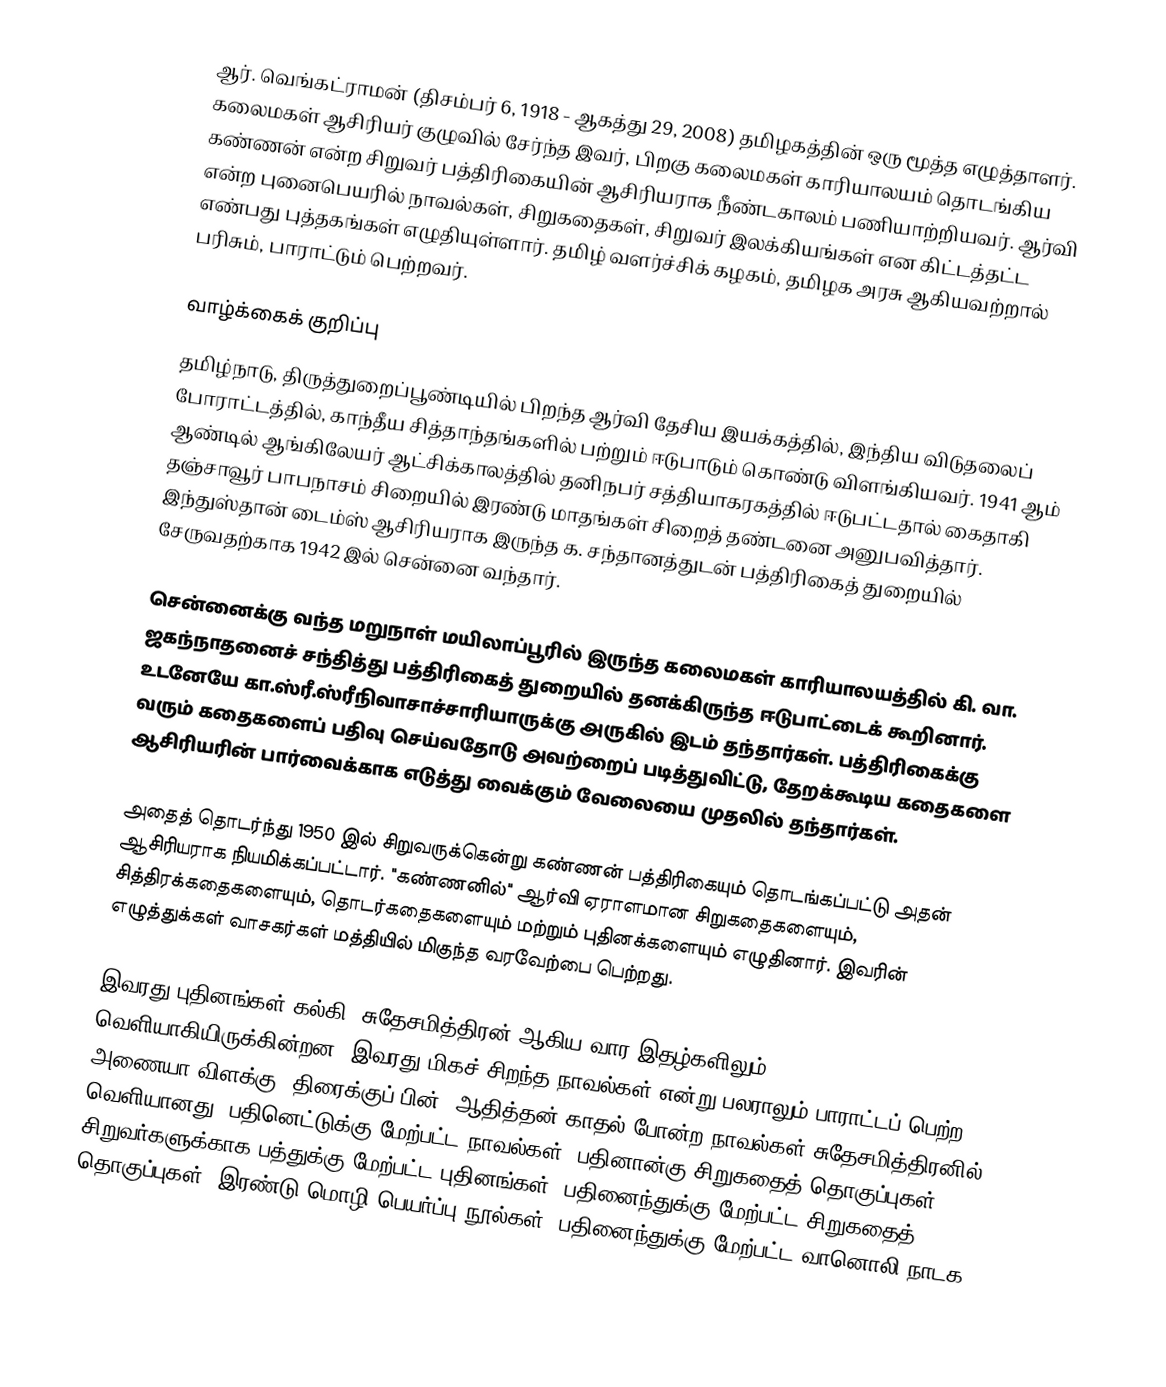
ஆர். வெங்கட்ராமன் (திசம்பர் 6, 1918 - ஆகத்து 29, 2008) தமிழகத்தின் ஒரு மூத்த எழுத்தாளர். கலைமகள் ஆசிரியர் குழுவில் சேர்ந்த இவர், பிறகு கலைமகள் காரியாலயம் தொடங்கிய கண்ணன் என்ற சிறுவர் பத்திரிகையின் ஆசிரியராக நீண்டகாலம் பணியாற்றியவர். ஆர்வி என்ற புனைபெயரில் நாவல்கள், சிறுகதைகள், சிறுவர் இலக்கியங்கள் என கிட்டத்தட்ட எண்பது புத்தகங்கள் எழுதியுள்ளார். தமிழ் வளர்ச்சிக் கழகம், தமிழக அரசு ஆகியவற்றால் பரிசும், பாராட்டும் பெற்றவர்.

வாழ்க்கைக் குறிப்பு
தமிழ்நாடு, திருத்துறைப்பூண்டியில் பிறந்த ஆர்வி தேசிய இயக்கத்தில், இந்திய விடுதலைப் போராட்டத்தில், காந்தீய சித்தாந்தங்களில் பற்றும் ஈடுபாடும் கொண்டு விளங்கியவர். 1941 ஆம் ஆண்டில் ஆங்கிலேயர் ஆட்சிக்காலத்தில் தனிநபர் சத்தியாகரகத்தில் ஈடுபட்டதால் கைதாகி தஞ்சாவூர் பாபநாசம் சிறையில் இரண்டு மாதங்கள் சிறைத் தண்டனை அனுபவித்தார். இந்துஸ்தான் டைம்ஸ் ஆசிரியராக இருந்த க. சந்தானத்துடன் பத்திரிகைத் துறையில் சேருவதற்காக 1942 இல் சென்னை வந்தார்.

சென்னைக்கு வந்த மறுநாள் மயிலாப்பூரில் இருந்த கலைமகள் காரியாலயத்தில் கி. வா. ஜகந்நாதனைச் சந்தித்து பத்திரிகைத் துறையில் தனக்கிருந்த ஈடுபாட்டைக் கூறினார். உடனேயே கா.ஸ்ரீ.ஸ்ரீநிவாசாச்சாரியாருக்கு அருகில் இடம் தந்தார்கள். பத்திரிகைக்கு வரும் கதைகளைப் பதிவு செய்வதோடு அவற்றைப் படித்துவிட்டு, தேறக்கூடிய கதைகளை ஆசிரியரின் பார்வைக்காக எடுத்து வைக்கும் வேலையை முதலில் தந்தார்கள்.

அதைத் தொடர்ந்து 1950 இல் சிறுவருக்கென்று கண்ணன் பத்திரிகையும் தொடங்கப்பட்டு அதன் ஆசிரியராக நியமிக்கப்பட்டார். "கண்ணனில்" ஆர்வி ஏராளமான சிறுகதைகளையும், சித்திரக்கதைகளையும், தொடர்கதைகளையும் மற்றும் புதினக்களையும் எழுதினார். இவரின் எழுத்துக்கள் வாசகர்கள் மத்தியில் மிகுந்த வரவேற்பை பெற்றது.

இவரது புதினங்கள் கல்கி, சுதேசமித்திரன் ஆகிய வார இதழ்களிலும் வெளியாகியிருக்கின்றன. இவரது மிகச் சிறந்த நாவல்கள் என்று பலராலும் பாராட்டப் பெற்ற அணையா விளக்கு, திரைக்குப் பின், ஆதித்தன் காதல் போன்ற நாவல்கள் சுதேசமித்திரனில் வெளியானது. பதினெட்டுக்கு மேற்பட்ட நாவல்கள், பதினான்கு சிறுகதைத் தொகுப்புகள், சிறுவர்களுக்காக பத்துக்கு மேற்பட்ட புதினங்கள், பதினைந்துக்கு மேற்பட்ட சிறுகதைத் தொகுப்புகள், இரண்டு மொழி பெயர்ப்பு நூல்கள், பதினைந்துக்கு மேற்பட்ட வானொலி நாடக